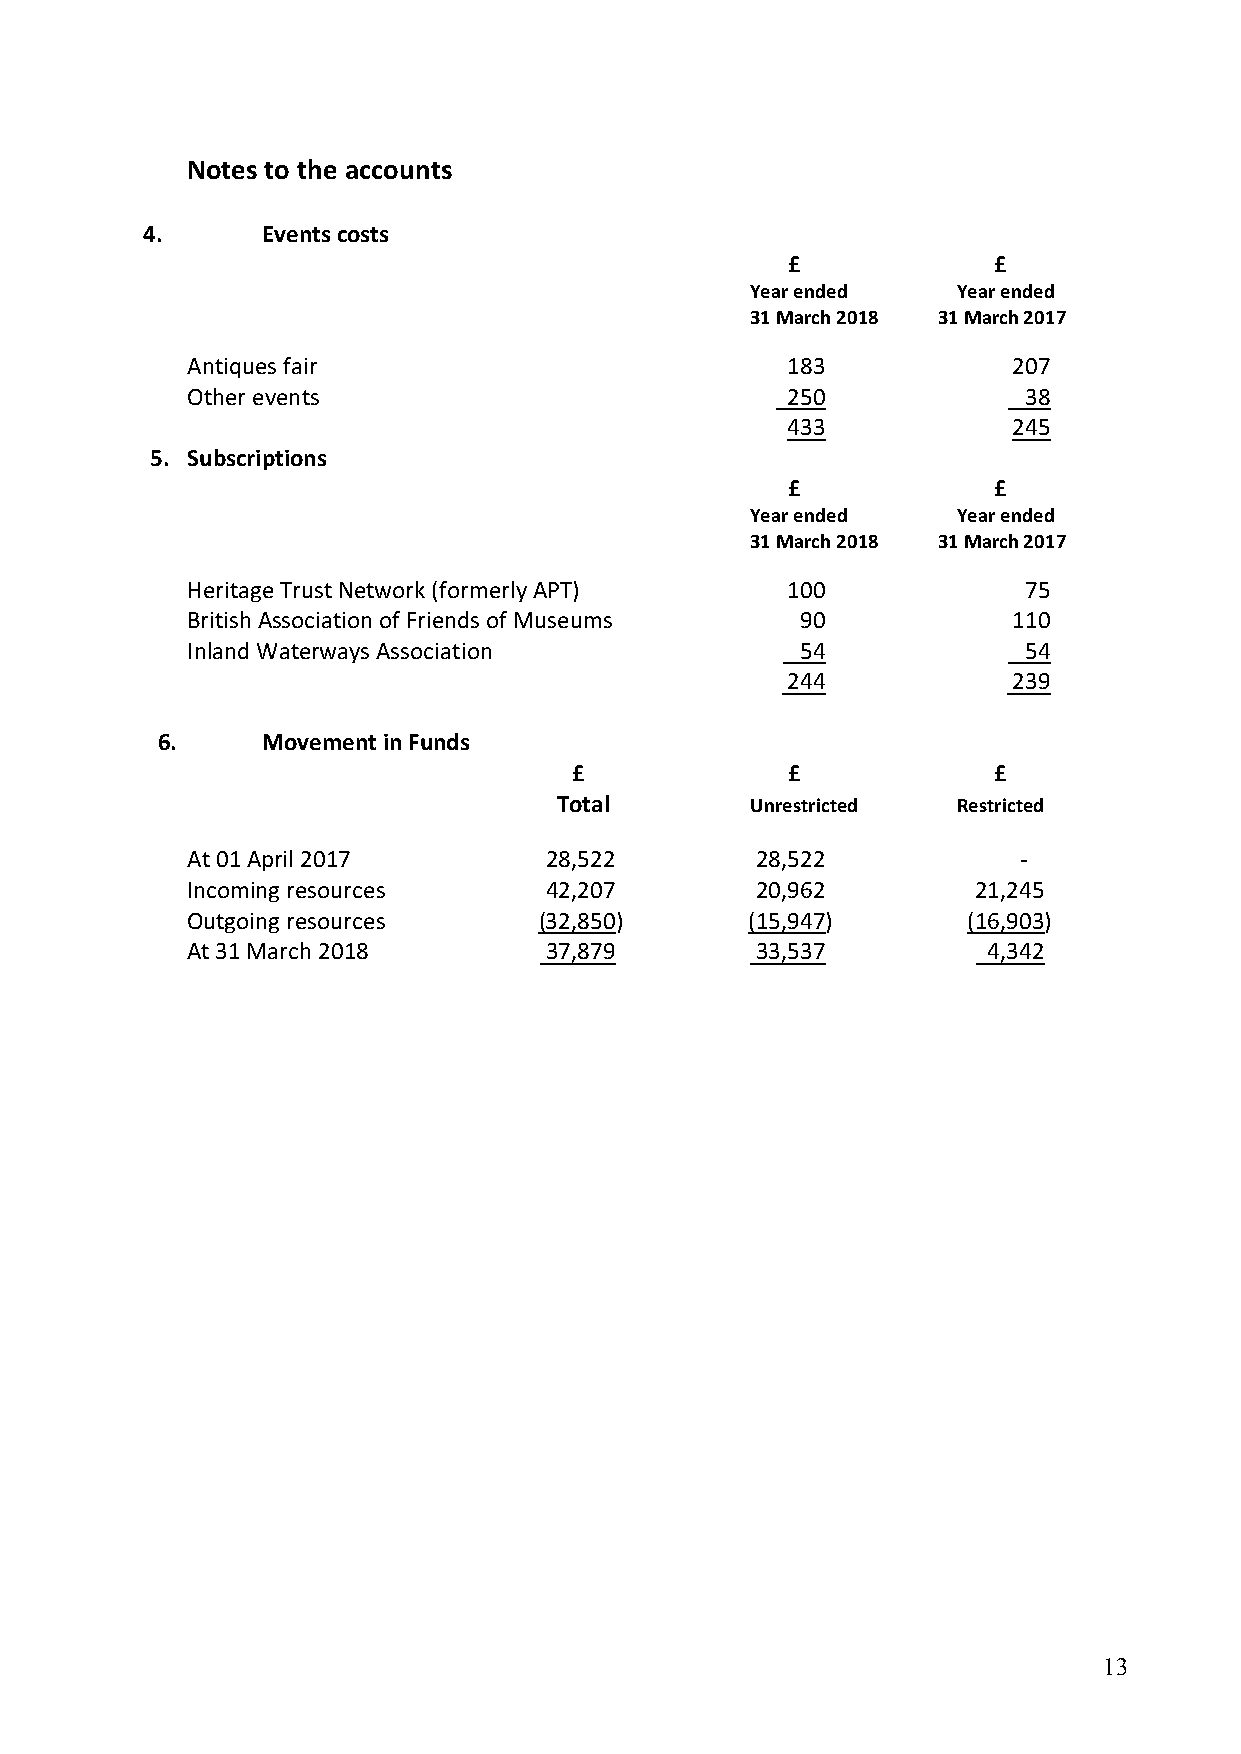
Notes to the accounts
 4.      Events costs
 £             £
 Year ended   Year ended
 31 March 2018 31 March 2017
 Antiques fair                           183            207
 Other events                            250             38
 433            245
 5. Subscriptions
 £             £
 Year ended   Year ended
 31 March 2018 31 March 2017
 Heritage Trust Network (formerly APT)   100             75
 British Association of Friends of Museums 90           110
 Inland Waterways Association             54             54
 244            239
 6.     Movement in Funds
 £             £             £
 Total        Unrestricted Restricted
 At 01 April 2017        28,522        28,522           -
 Incoming resources      42,207        20,962        21,245
 Outgoing resources      (32,850)     (15,947)       (16,903)
 At 31 March 2018        37,879        33,537         4,342
 13